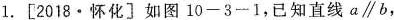
1.[2018 \cdot 怀化〕如图10-3~1，已知直线a\parallel